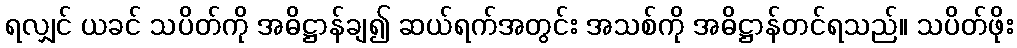
ရလျှင် ယခင် သပိတ်ကို အဓိဋ္ဌာန်ချ၍ ဆယ်ရက်အတွင်း အသစ်ကို အဓိဋ္ဌာန်တင်ရသည်။ သပိတ်ဖိုး